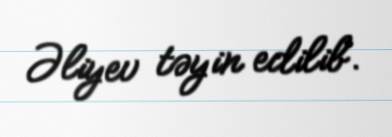
Əliyev təyin edilib.